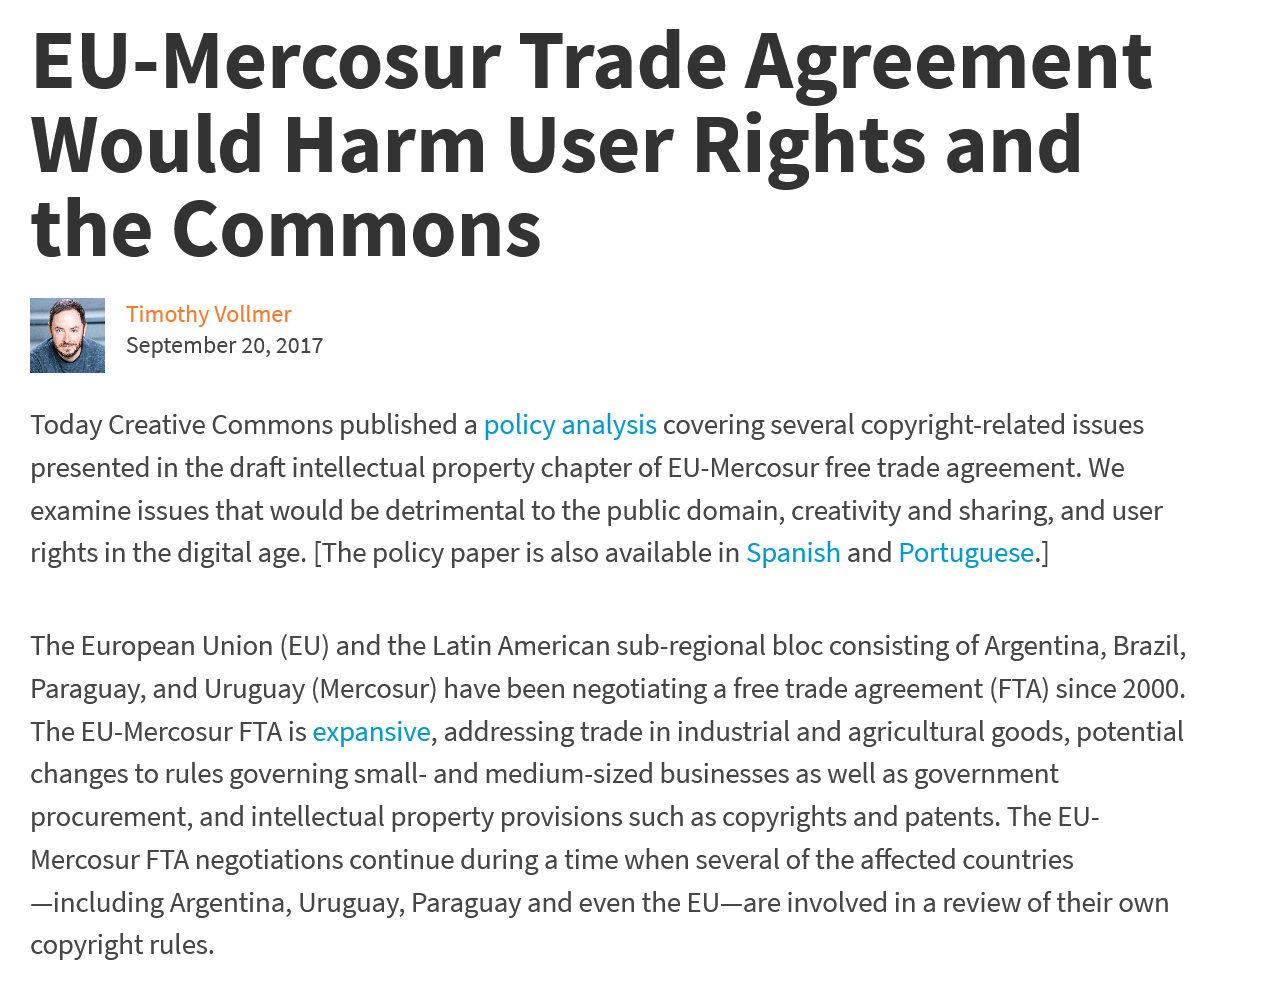
EU-Mercosur    Trade    Agreement
   Would    Harm    User    Rights    and
   the    Commons
     Timothy Vollmer
     September 20, 2017
   Today Creative Commons published a policy analysis covering several copyright-related issues
   presented in the draft intellectual property chapter of EU-Mercosur free trade agreement. We
   examine issues that would be detrimental to the public domain, creativity and sharing, and user
   rights in the digital age. [The policy paper is also available in Spanish and Portuguese.]
   The European Union (EU) and the Latin American sub-regional bloc consisting of Argentina, Brazil,
   Paraguay, and Uruguay (Mercosur) have been negotiating a free trade agreement (FTA) since 2000.
   The EU-Mercosur FTA is expansive, addressing trade in industrial and agricultural goods, potential
   changes to rules governing small- and medium-sized businesses as well as government
   procurement, and intellectual property provisions such as copyrights and patents. The EU-
   Mercosur FTA negotiations continue during a time when several of the affected countries
   —including Argentina, Uruguay, Paraguay and even the EU—are involved in a review of their own
   copyright rules.